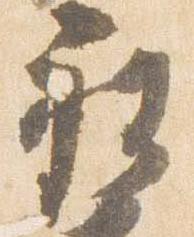
被